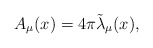
\begin{align*}A_\mu(x) = 4 \pi {\tilde \lambda}_\mu(x),\end{align*}